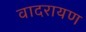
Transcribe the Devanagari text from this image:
वादरायण